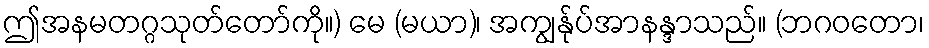
ဤအနမတဂ္ဂသုတ်တော်ကို။) မေ (မယာ)၊ အကျွန်ုပ်အာနန္ဒာသည်။ (ဘဂဝတော၊